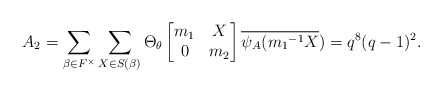
\begin{align*} A_{2}= \sum_{\beta \in F^{\times}}\sum_{X \in S(\beta)}\Theta_{\theta} \begin{bmatrix} m_{1} & X\\ 0 & m_{2}\end{bmatrix}\overline{\psi_A({m_{1}}^{-1}X})=q^{8}(q-1)^{2}.\end{align*}